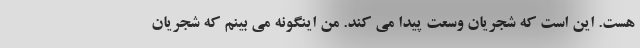
هست. این است که شجریان وسعت پیدا می کند. من اینگونه می بینم که شجریان